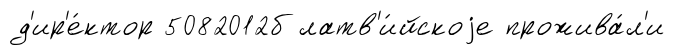
д'ир'е́ктор 5082012б латв'и́йскоjе прожива́л'и